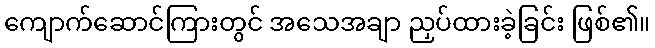
ကျောက်ဆောင်ကြားတွင် အသေအချာ ညှပ်ထားခဲ့ခြင်း ဖြစ်၏။